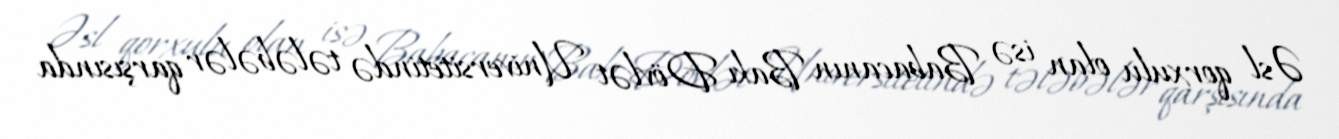
Əsl qorxulu olan isə Babacanın Bakı Dövlət Universitetində tələbələr qarşısında